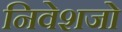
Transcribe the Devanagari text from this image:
निवेशजो